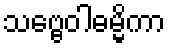
သဗ္ဗေဝါဓမ္မိကာ